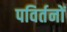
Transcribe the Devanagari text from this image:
पविर्तनों